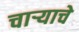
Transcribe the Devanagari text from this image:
चाऱ्याचे